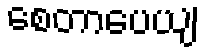
စေတာပေယျ